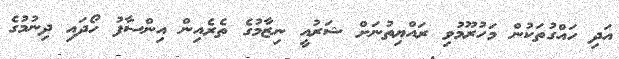
އަދި ހައްގުތަކުން މަހުރޫމުވި ރައްޔިތުނަށް ޝަރުއީ ނިޒާމުގެ ތެރެއިން އިންސާފު ހޯދައި ދިނުމުގެ